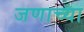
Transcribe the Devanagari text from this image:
जणाच्या